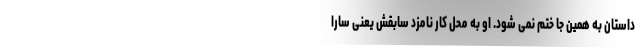
داستان به همین جا ختم نمی شود. او به محل کار نامزد سابقش یعنی سارا